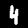
Label: 4